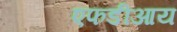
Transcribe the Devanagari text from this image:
एफडीआय